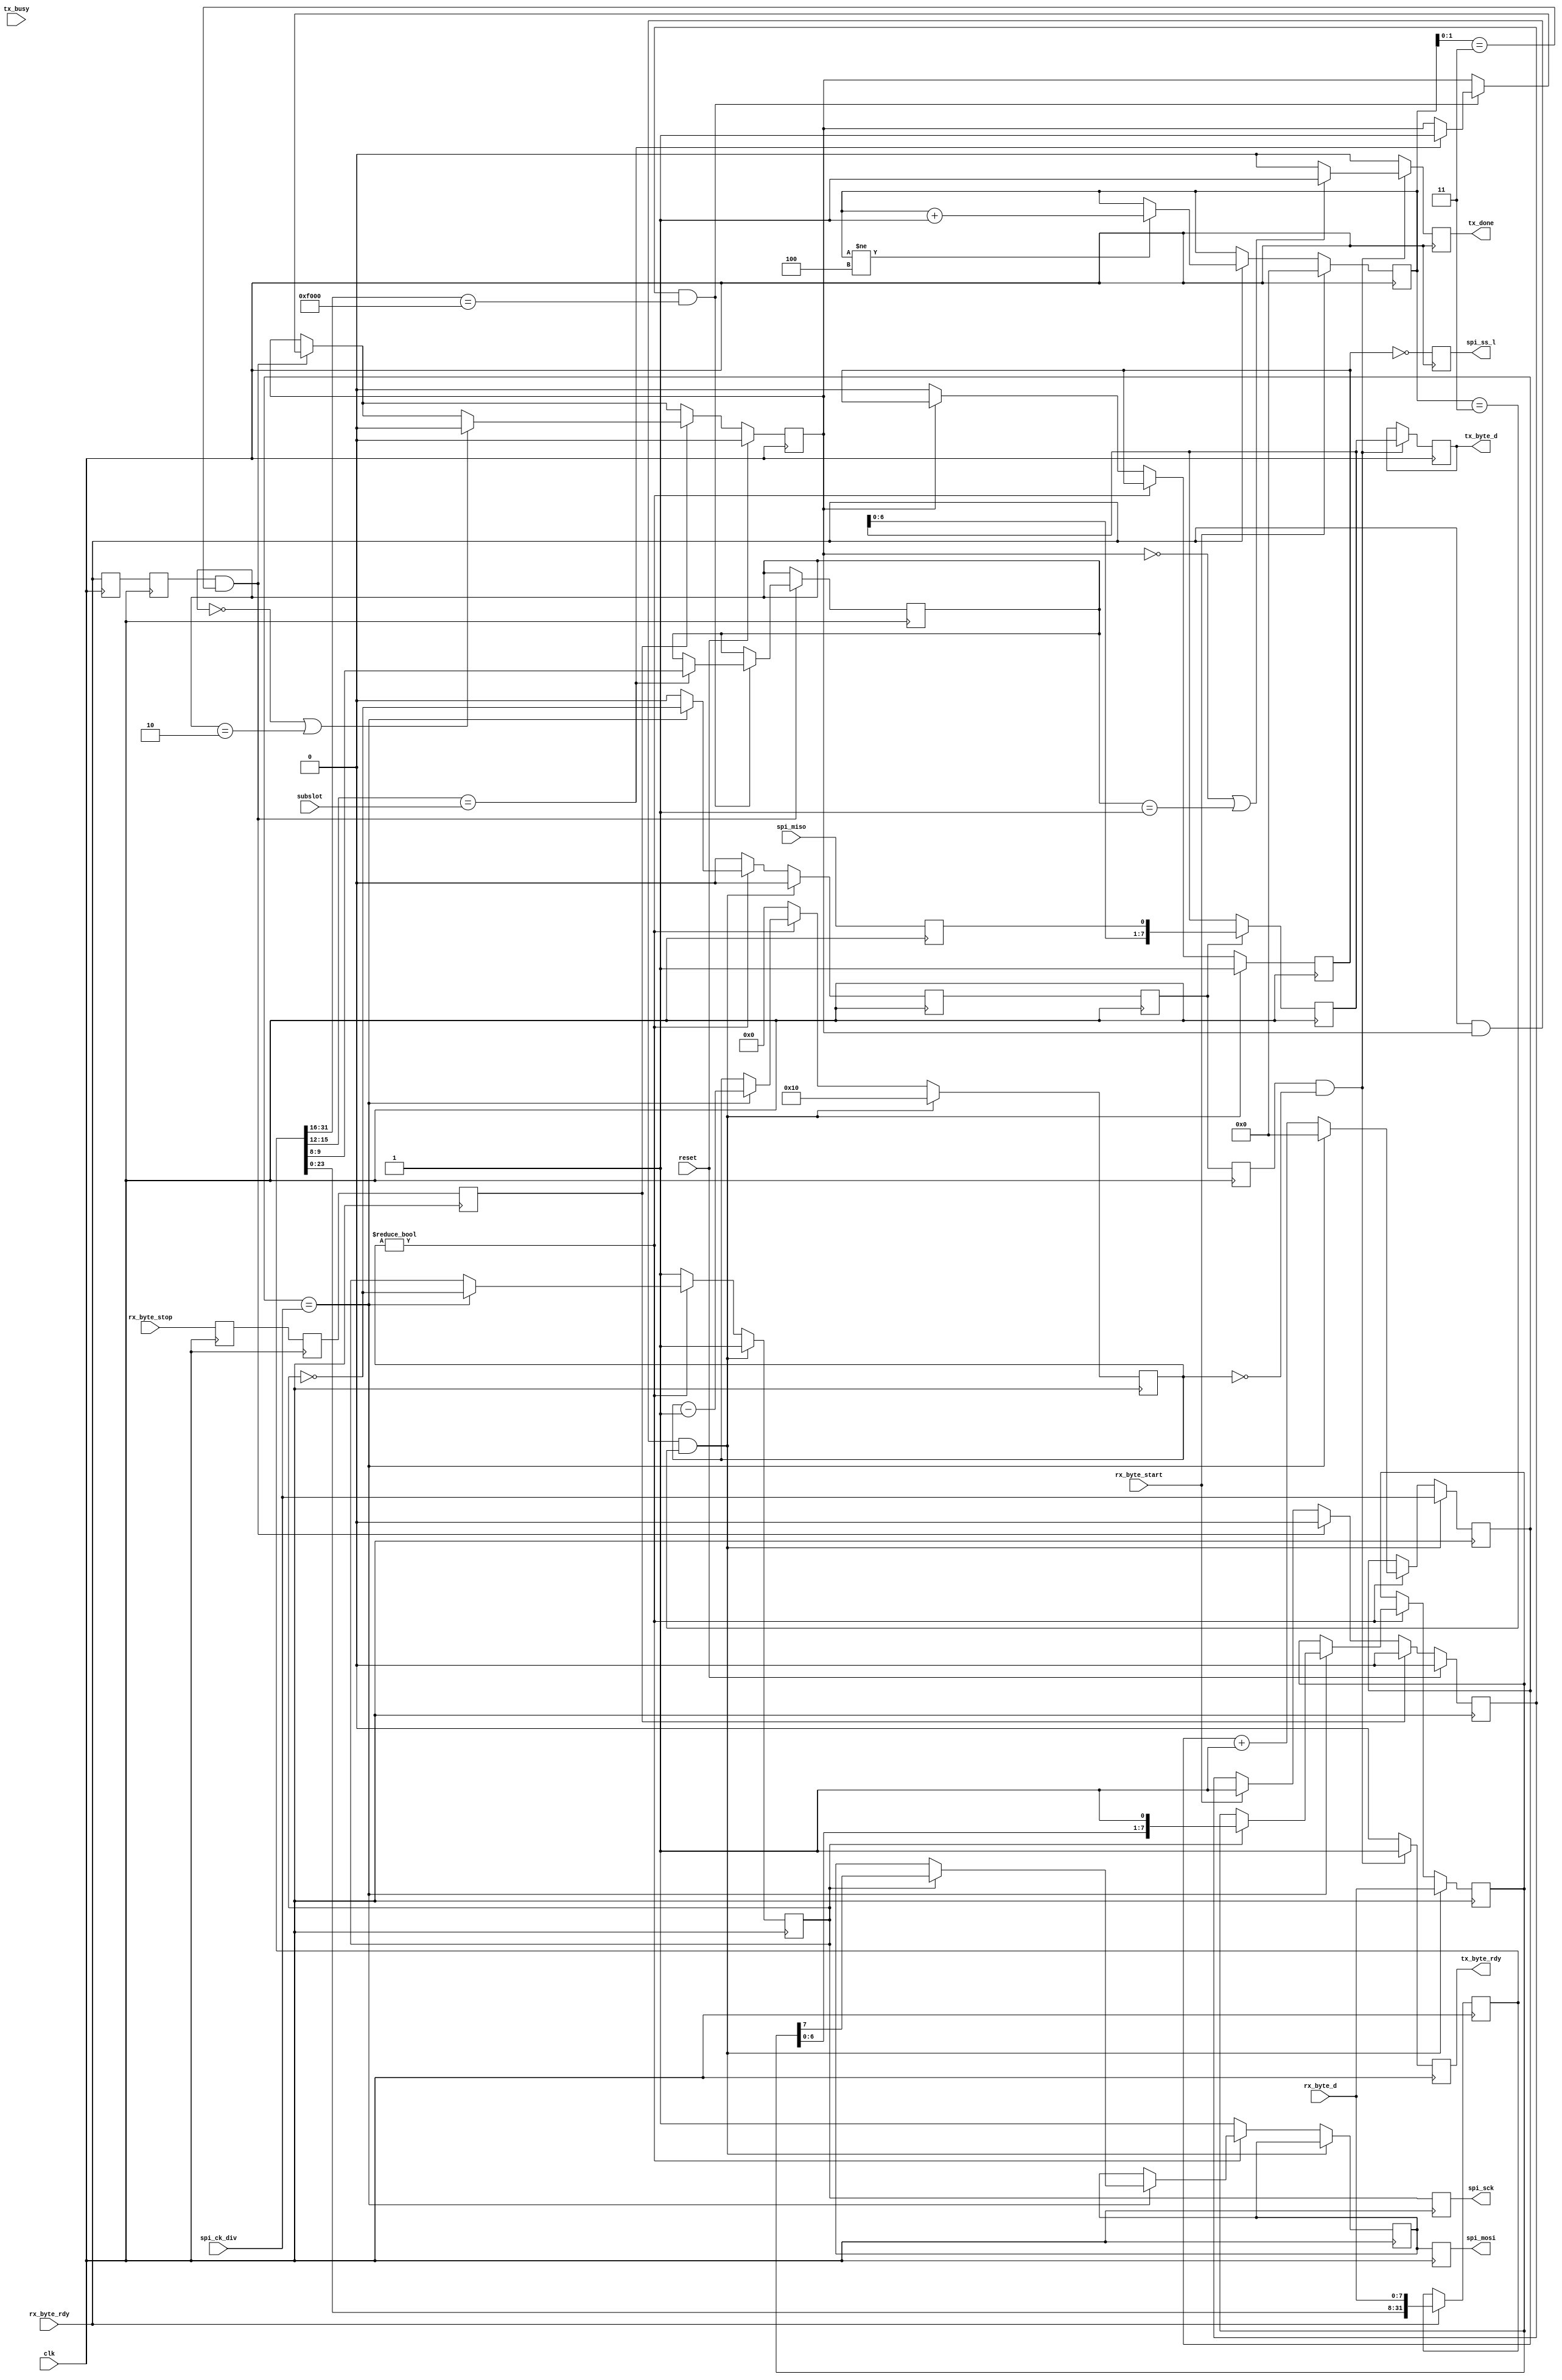
/* ****************************************************************************
-- (C) Copyright 2015 Kevin M. Hubbard @ Black Mesa Labs
-- Source file: mesa2spi.v                
-- Date:        October 4, 2015   
-- Author:      khubbard
-- Language:    Verilog-2001 
-- Description: A Mesa Bus to SPI translator. Uses a Subslot for SPI RDs,WRs.
-- License:     This project is licensed with the CERN Open Hardware Licence
--              v1.2.  You may redistribute and modify this project under the
--              terms of the CERN OHL v.1.2. (http://ohwr.org/cernohl).
--              This project is distributed WITHOUT ANY EXPRESS OR IMPLIED
--              WARRANTY, INCLUDING OF MERCHANTABILITY, SATISFACTORY QUALITY
--              AND FITNESS FOR A PARTICULAR PURPOSE. Please see the CERN OHL
--              v.1.2 for applicable Conditions.
--
--    "\n"..."FFFF"."(F0-12-34-04)[11223344]\n" : 
--        0xFF = Bus Idle ( NULLs )
--  B0    0xF0 = New Bus Cycle to begin ( Nibble and bit orientation )
--  B1    0x12 = Slot Number, 0xFF = Broadcast all slots, 0xFE = NULL Dest
--  B2    0x3  = Sub-Slot within the chip (0-0xF)
--        0x4  = Command Nibble for Sub-Slot
--  B3    0x04 = Number of Payload Bytes (0-255) : Length of SPI Cycle
--        0x11223344 = Payload
--
--    Sub-Slot Commands
--       0x0 = SPI Write Burst from Mesa to SPI with SPI faster than Mesa
--       0x1 = SPI Cycle : Byte and Continue ( for SPI slower than Mesa )
--       0x2 = SPI Cycle : Last Byte ( deasserts SS after xfer )
--
-- Fast Mode: single LF at end of SPI Cycle
--   Burst        : 0x0
--
-- Slow Mode: LF at end of each byte
--   Single Byte  : 0x2
--   Two Bytes    : 0x1,0x2
--   Three+ Bytes : 0x1,0x1,..0x2
-- 
--
-- Example MesaBus Cycle with 2-Byte Payload:
--   rx_byte_start _/  \___________________________________________
--   rx_byte_rdy   _/  \____/  \____/  \____/  \____/  \____/  \___
--   rx_byte_d     -<F0>----<00>----<00>----<02>----<11>----<22>---
--   rx_byte_stop  _________________________________________/  \__
--
-- Revision History:
-- Ver#  When      Who      What
-- ----  --------  -------- ---------------------------------------------------
-- 0.1   10.04.15  khubbard Creation
-- ***************************************************************************/
`default_nettype none // Strictly enforce all nets to be declared
                                                                                
module mesa2spi
(
  input  wire         clk,
  input  wire         reset,
  input  wire [3:0]   subslot,
  input  wire         rx_byte_start,
  input  wire         rx_byte_stop,
  input  wire         rx_byte_rdy,
  input  wire [7:0]   rx_byte_d,
  output reg  [7:0]   tx_byte_d,
  output reg          tx_byte_rdy,
  output reg          tx_done,
  input  wire         tx_busy,

  input  wire [3:0]   spi_ck_div,
  output reg          spi_sck,
  input  wire         spi_miso,
  output reg          spi_mosi,
  output reg          spi_ss_l

); // module mesa2spi


  reg [3:0]     byte_cnt;
  reg [31:0]    dword_sr;
  reg           rx_byte_rdy_p1;
  reg           rx_byte_rdy_p2;
  reg           rx_byte_rdy_p3;
  reg           rx_byte_stop_p1;
  reg           rx_byte_stop_p2;
  reg           rx_byte_stop_p3;
  reg           spi_ck_loc;
  reg           spi_cycle_jk;
  reg [4:0]     spi_halfbit_cnt;
  reg [3:0]     spi_ck_cnt;
  reg [7:0]     spi_mosi_sr;
  reg [7:0]     spi_miso_sr;
  reg           spi_miso_loc;
  reg           dword_rdy;
  reg           header_jk;
  reg           spi_mosi_loc;
  reg           spi_ss_loc;
  reg           sample_miso;
  reg           sample_miso_p1;
  reg           sample_miso_p2;
  reg [1:0]     mesa_cmd;


//-----------------------------------------------------------------------------
// Convert a MesaBus payload into SPI bus cycles
//-----------------------------------------------------------------------------
always @ ( posedge clk ) begin : proc_lb1
 rx_byte_rdy_p1  <= rx_byte_rdy;
 rx_byte_rdy_p2  <= rx_byte_rdy_p1;
 rx_byte_rdy_p3  <= rx_byte_rdy_p2;
 rx_byte_stop_p1 <= rx_byte_stop;
 rx_byte_stop_p2 <= rx_byte_stop_p1;
 rx_byte_stop_p3 <= rx_byte_stop_p2;
 dword_rdy       <= 0;

 if ( rx_byte_start == 1 ) begin
   byte_cnt     <= 4'd0;
   header_jk    <= 1;
 end else if ( rx_byte_rdy == 1 ) begin 
   if ( byte_cnt[3:0] != 4'd4 ) begin
     byte_cnt <= byte_cnt + 1; 
   end
 end 

 // Shift bytes into a 32bit SR
 if ( rx_byte_rdy == 1 ) begin 
   dword_sr[31:0] <= { dword_sr[23:0], rx_byte_d[7:0] };
 end

 // After we have 4 bytes, look for Slot=00,SubSlot=n,Command=m 
 if ( rx_byte_rdy_p2 == 1 && byte_cnt[1:0] == 2'd3 ) begin
   header_jk <= 0;
   dword_rdy <= 1;
   // Note: This doesn't handle slot broadcast - only direct for LB Access
   if ( header_jk == 1 && dword_sr[31:16] == 16'hF000 ) begin
     if ( dword_sr[15:12] == subslot[3:0] ) begin
       spi_cycle_jk  <= 1;
       mesa_cmd[1:0] <= dword_sr[9:8];
     end
   end 
 end // if ( rx_byte_rdy_p2 == 1 && byte_cnt[1:0] == 2'd3 ) begin

 if ( rx_byte_stop_p3 == 1 ) begin
   header_jk    <= 0;
   if ( mesa_cmd == 2'd0 || mesa_cmd == 2'd2 ) begin
     spi_cycle_jk <= 0;
   end
 end
 if ( reset == 1 ) begin
   spi_cycle_jk <= 0;
   header_jk    <= 0;
 end
 
end // proc_lb1


//-----------------------------------------------------------------------------
// Convert incoming bytes into SPI bytes at specified clock divisor rate
//-----------------------------------------------------------------------------
always @ ( posedge clk ) begin : proc_lb2
 sample_miso    <= 0;
 sample_miso_p1 <= sample_miso;
 sample_miso_p2 <= sample_miso_p1;
 tx_byte_rdy    <= 0;
 tx_done        <= 0;
 if ( rx_byte_rdy == 1 && spi_cycle_jk == 1 && byte_cnt[3:0] == 4'd3 ) begin
   spi_mosi_sr     <= rx_byte_d[7:0];
   spi_halfbit_cnt <= 5'd16;
   spi_ck_cnt      <= 4'd0;
   spi_ck_loc      <= 1;
   spi_ss_loc      <= 1;
   spi_ck_cnt      <= spi_ck_div[3:0];
 end else if ( spi_halfbit_cnt != 5'd0 ) begin
   // actions happen when clock half period counter reaches 0
   if ( spi_ck_cnt == spi_ck_div[3:0] ) begin
     spi_halfbit_cnt <= spi_halfbit_cnt - 1;
     spi_ck_cnt      <= 4'd0;
     spi_ck_loc      <= ~spi_ck_loc;
     // Shift new data out on falling clock edge
     if ( spi_ck_loc == 1 ) begin
       spi_mosi_sr  <= { spi_mosi_sr[6:0], 1'b1 };
       spi_mosi_loc <= spi_mosi_sr[7];
     end
     sample_miso <= ~ spi_ck_loc;
   end else begin
     spi_ck_cnt <= spi_ck_cnt[3:0] + 1;
   end 
 end else begin
   spi_halfbit_cnt <= 5'd0;
   spi_ck_loc      <= 1;
   spi_mosi_loc    <= 1;
   if ( spi_cycle_jk == 0 ) begin
     spi_ss_loc <= 0;
   end
 end
 if ( sample_miso_p1 == 1 ) begin
   spi_miso_sr  <= { spi_miso_sr[6:0], spi_miso_loc };
// spi_miso_sr  <= { spi_miso_sr[6:0], spi_mosi_loc };// Just for sims
 end
 if ( sample_miso_p2 == 1 && spi_halfbit_cnt == 5'd0 ) begin
  tx_byte_d   <= spi_miso_sr[7:0];
  tx_byte_rdy <= 1;
  if ( spi_cycle_jk == 0 ||
       mesa_cmd == 2'd1     ) begin
    tx_done <= 1;// Queue up a \n LF
  end
 end

 spi_ss_l     <= ~ spi_ss_loc;
 spi_sck      <= spi_ck_loc;
 spi_mosi     <= spi_mosi_loc;
 spi_miso_loc <= spi_miso;

end // proc_lb2


endmodule // mesa2spi